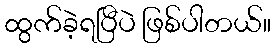
ထွက်ခဲ့ရပြီပဲ ဖြစ်ပါတယ်။